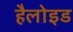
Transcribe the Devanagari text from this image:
हैलोइड